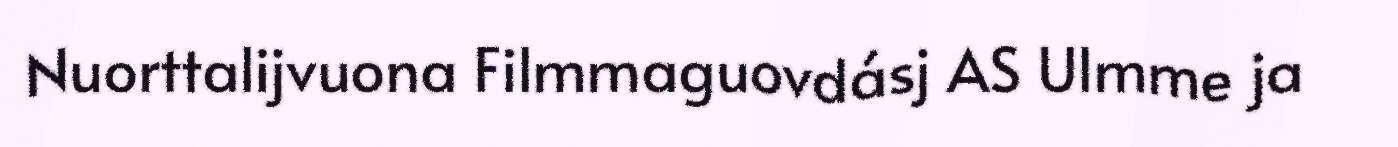
Nuorttalijvuona Filmmaguovdásj AS Ulmme ja